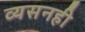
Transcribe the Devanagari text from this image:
व्यसनही